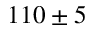
1 1 0 \pm 5